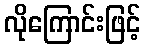
လိုကြောင်းဖြင့်